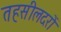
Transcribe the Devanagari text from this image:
तहसीलदरों